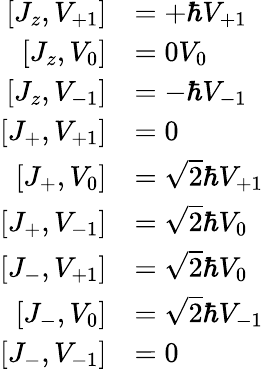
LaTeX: {\begin{array}{rl}{\left[J_{z},V_{+1}\right]}&{=+\hbar V_{+1}}\\ {\left[J_{z},V_{0}\right]}&{=0V_{0}}\\ {\left[J_{z},V_{-1}\right]}&{=-\hbar V_{-1}}\\ {\left[J_{+},V_{+1}\right]}&{=0}\\ {\left[J_{+},V_{0}\right]}&{={\sqrt{2}}\hbar V_{+1}}\\ {\left[J_{+},V_{-1}\right]}&{={\sqrt{2}}\hbar V_{0}}\\ {\left[J_{-},V_{+1}\right]}&{={\sqrt{2}}\hbar V_{0}}\\ {\left[J_{-},V_{0}\right]}&{={\sqrt{2}}\hbar V_{-1}}\\ {\left[J_{-},V_{-1}\right]}&{=0}\end{array}}